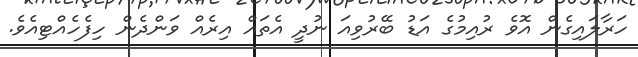
ހަރާލައިގެން އޮވެ ރުއިމުގެ އަޑު ބޭރުވިއަ ނުދީ އެތައް އިރެއް ވަންދެން ހިފެހެއްޓިއެވެ.